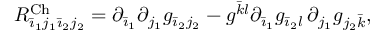
R _ { \Bar { \imath } _ { 1 } j _ { 1 } \Bar { \imath } _ { 2 } j _ { 2 } } ^ { \mathrm { C h } } = \partial _ { \Bar { \imath } _ { 1 } } \partial _ { j _ { 1 } } g _ { \Bar { \imath } _ { 2 } j _ { 2 } } - g ^ { \Bar { k } l } \partial _ { \Bar { \imath } _ { 1 } } g _ { \Bar { \imath } _ { 2 } l } \, \partial _ { j _ { 1 } } g _ { j _ { 2 } \Bar { k } } ,